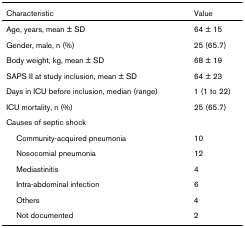
| Characteristic | Value |
 | --- | --- |
 | Age, years, mean ± SD | 64 ± 15 |
 | Gender, male, n (%) | 25 (65.7) |
 | Body weight, kg, mean ± SD | 68 ± 19 |
 | SAPS II at study inclusion, mean ± SD | 64 ± 23 |
 | Days in ICU before inclusion, median (range) | 1 (1 to 22) |
 | ICU mortality, n (%) | 25 (65.7) |
 | Causes of septic shock |  |
 | Community-acquired pneumonia | 10 |
 | Nosocomial pneumonia | 12 |
 | Mediastinitis | 4 |
 | Intra-abdominal infection | 6 |
 | Others | 4 |
 | Not documented | 2 |